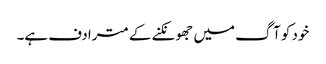
خود کو آگ میں جھونکنے کے مترادف ہے۔